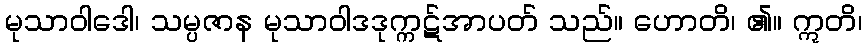
မုသာဝါဒေါ၊ သမ္ပဇာန မုသာဝါဒဒုက္ကဋ်အာပတ် သည်။ ဟောတိ၊ ၏။ ဣတိ၊